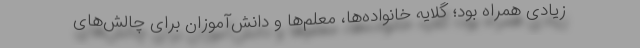
زیادی همراه بود؛ گلایه خانواده‌ها، معلم‌ها و دانش‌آموزان برای چالش‌های